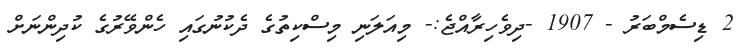
2 ޑިސެމްބަރު - 1907 -ދިވެހިރާއްޖެ:- މިއަލަނި މިސްކިތުގެ ދެކުނުގައި ހެންވޭރުގެ ކުދިންނަށް